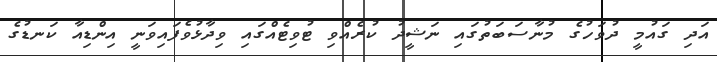
އަދި ގައުމީ ދުވަހުގެ މުނާސަބަތުގައި ނަޝީދު ކުރެއްވި ޓުވިޓެއްގައި ވިދާޅުވެފައިވަނީ އިންޑިއާ ކަނޑުގެ